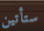
ستأتين